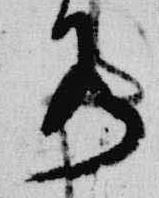
水